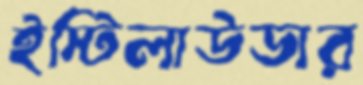
ইস্টিলাউডার